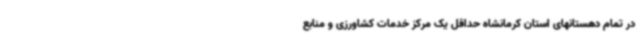
در تمام دهستانهای استان کرمانشاه حداقل یک مرکز خدمات کشاورزی و منابع